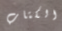
الكتاب